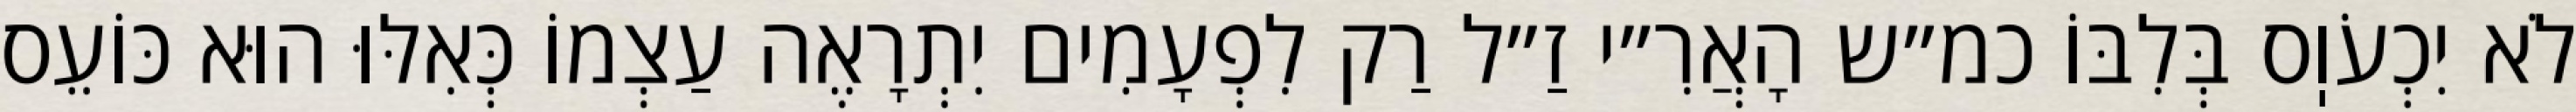
לֹא יִכְעֹוֽס בְּלִבּוֹ כמ״ש הָאֲרִ״י זַ״ל רַק לִפְעָמִים יִתְרָאֶה עַצְמוֹ כְּאִלּוּ הוּא כּוֹעֵס